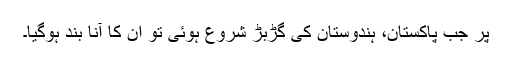
پر جب پاکستان، ہندوستان کی گڑبڑ شروع ہوئی تو ان کا آنا بند ہوگیا۔